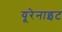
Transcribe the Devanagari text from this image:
यूरेनाइट